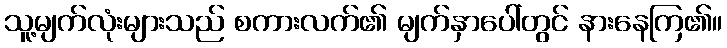
သူ့မျက်လုံးများသည် စကားလက်၏ မျက်နှာပေါ်တွင် နားနေကြ၏။